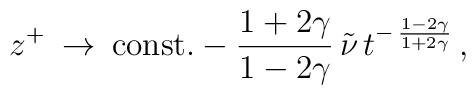
z^{+} \:\rightarrow  \:\mbox{const.} - \frac{1+2\gamma }{1-2\gamma }\,\tilde{\nu }\,t^{-\,\frac{1-2\gamma }{1+2\gamma }} \,,